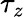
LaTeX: \tau_{z}